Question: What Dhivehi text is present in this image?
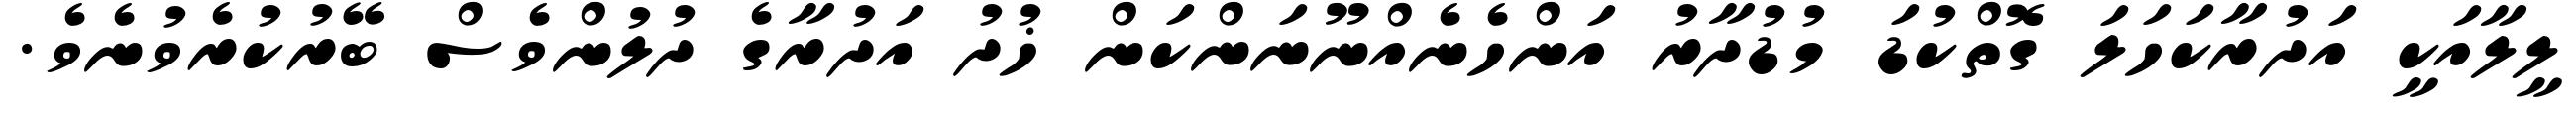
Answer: ލީލާއަކީ އަދުރާކަހަލަ ގޮތްކުޑަ މުޑުދާރު އަންހެނެއްނޫނަންކަން ޚުދު އަދުރާގެ ދުލުންވެސް ބޭރުކުރެވުނެވެ.